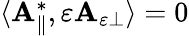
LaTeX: \begin{array}{r}{\langle\mathbf{A}_{\parallel}^{*},\varepsilon\mathbf{A}_{\varepsilon\perp}\rangle=0}\end{array}